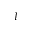
I